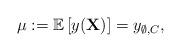
LaTeX: \begin{align*}\mu:=\mathbb{E}\left[y(\mathbf{X})\right]=y_{\emptyset,C},\end{align*}